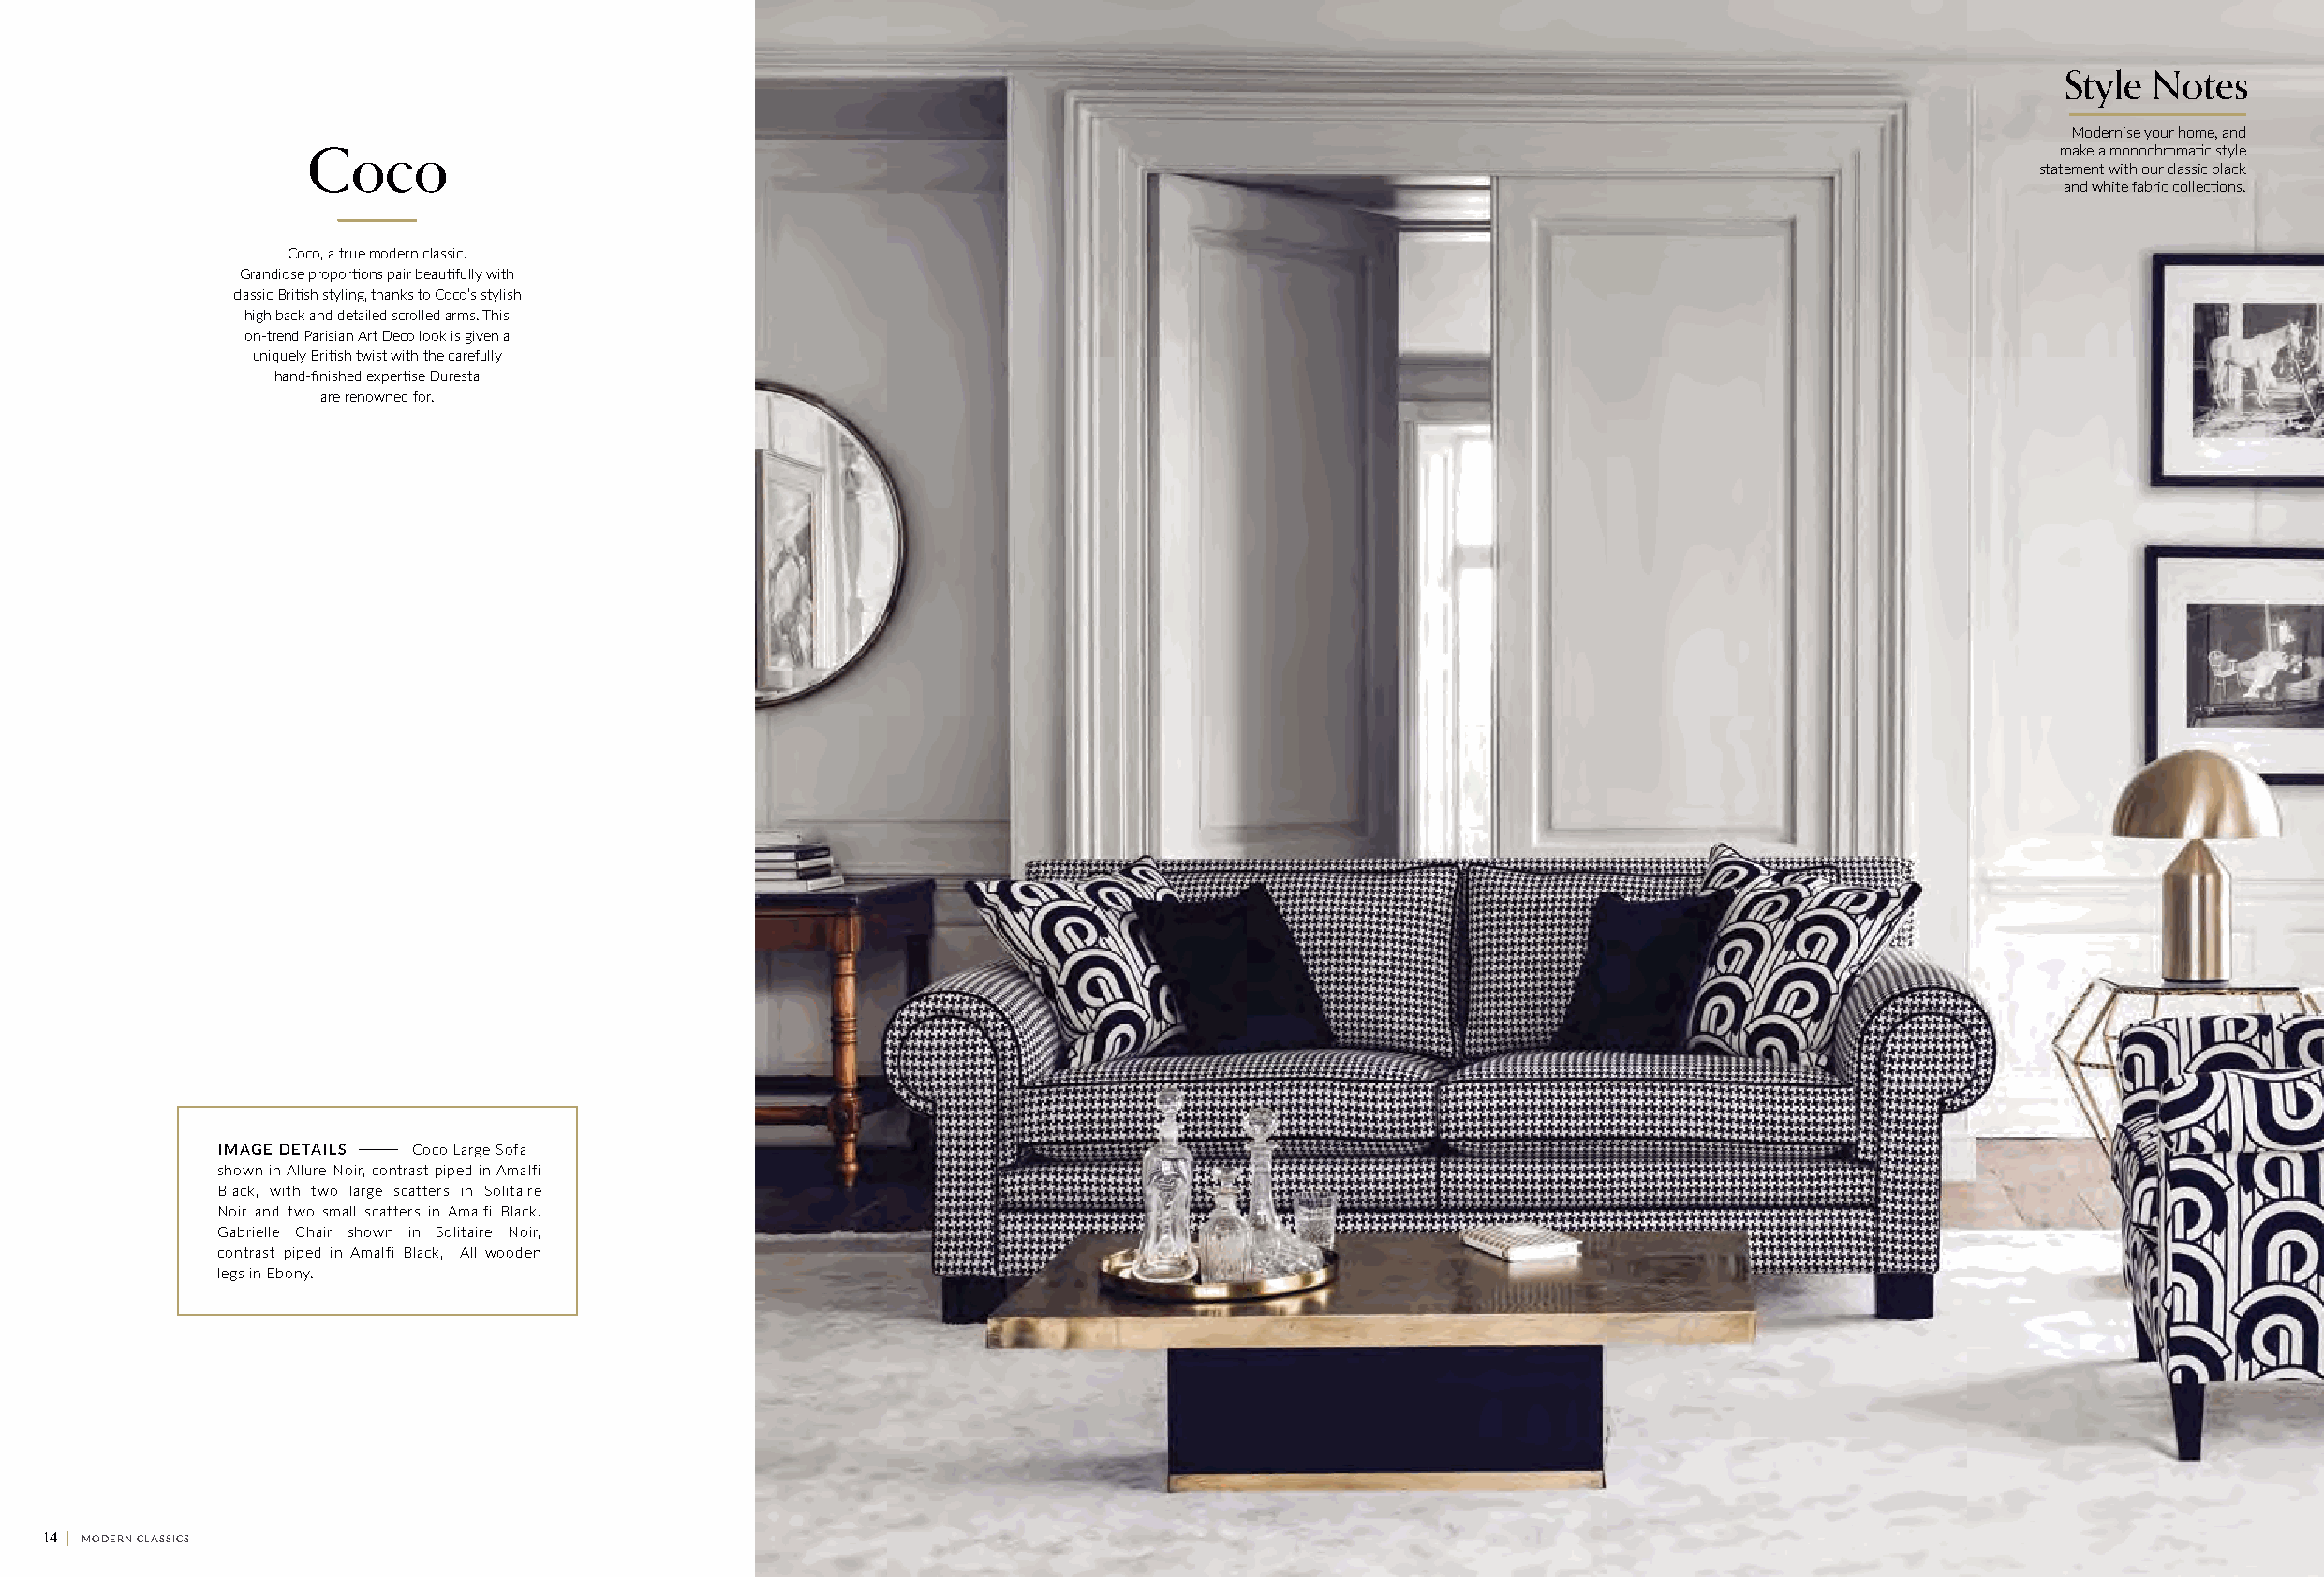
Style Notes
 Modernise your home, and
 Coco                                                                                                                        make a monochromatic style
 statement with our classic black
 and white fabric collections.
 Coco, a true modern classic.
 Grandiose proportions pair beautifully with
 classic British styling, thanks to Coco’s stylish
 high back and detailed scrolled arms. This
 on-trend Parisian Art Deco look is given a
 uniquely British twist with the carefully
 hand-finished expertise Duresta
 are renowned for.
 I M A G E D E T A I L S Coco Large Sofa
 shown in Allure Noir, contrast piped in Amalfi
 Black, with two large scatters in Solitaire
 Noir and two small scatters in Amalfi Black.
 Gabrielle Chair shown in Solitaire Noir,
 contrast piped in Amalfi Black, All wooden
 legs in Ebony.
 14 || MODERN CLASSICS                                                                                                                               MODERN CLASSICS || 15